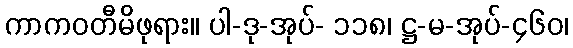
ကာကဝတီမိဖုရား။ ပါ-ဒု-အုပ်- ၁၁၈၊ ဋ္ဌ-မ-အုပ်-၄၆၀၊